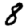
Digit: 8